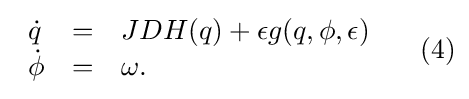
{\textstyle {{\begin{array}{lcl}{\dot {q}}&=&JDH(q)+\epsilon g(q,\phi ,\epsilon )\\{\dot {\phi }}&=&\omega .\end{array}}~\ ~\ {(4)}}}